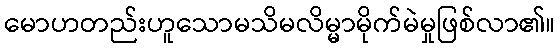
မောဟတည်းဟူသောမသိမလိမ္မာမိုက်မဲမှုဖြစ်လာ၏။